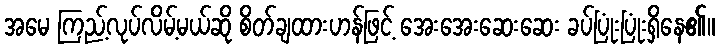
အမေ ကြည့်လုပ်လိမ့်မယ်ဆို စိတ်ချထားဟန်ဖြင့် အေးအေးဆေးဆေး ခပ်ပြုံးပြုံးရှိနေ၏။